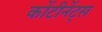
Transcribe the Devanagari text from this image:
कोंटीनेंट्स